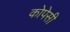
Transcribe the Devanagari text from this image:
कोपेसी